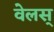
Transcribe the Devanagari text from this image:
वेलस्